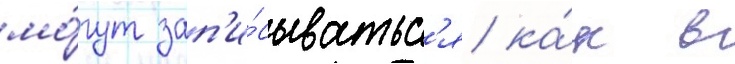
мо́гут зап'и́сыватьс'я ка́к в